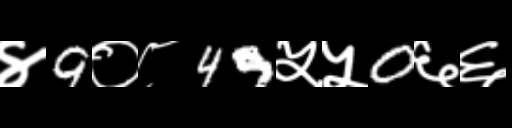
Text: ४9०८49५५0६६